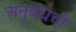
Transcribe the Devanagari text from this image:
अनुबंधची